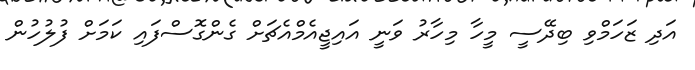
އަދި ޒަހަމްވި ބިދޭސީ މީހާ މިހާރު ވަނީ އައިޖީއެމްއެޗަށް ގެންގޮސްފައި ކަމަށް ފުލުހުން